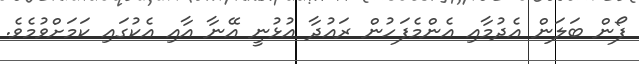
ފޯން ބަލަން އެދުމާއި އެންމެފަހުން ރައުދާ އުޅުނީ އޭނާ އާއި އެކުގައި ކަމަށްވުމެވެ.